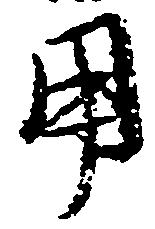
用